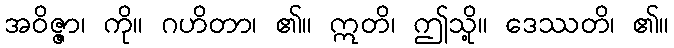
အဝိဇ္ဇာ၊ ကို။ ဂဟိတာ၊ ၏။ ဣတိ၊ ဤသို့။ ဒေဿတိ၊ ၏။